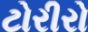
ટોરીરો